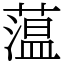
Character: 蕰